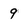
Character: 9